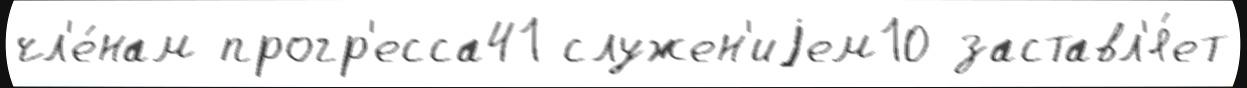
чл'е́нам прогр'есса41 служен'иjем10 заставл'я́ет